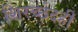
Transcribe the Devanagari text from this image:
शिरच्छेदही